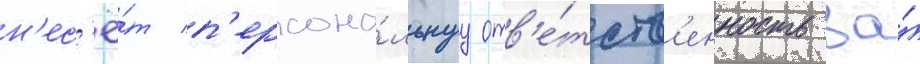
н'ес'ё́т п'ерсона́льнуу отв'е́тств'енность за́